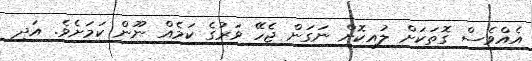
އެއްވެސް ގޮތަކަށް ލުއިކޮށް ނަގަން ޖެހޭ ވަރުގެ ކަމެއް ނޫން ކަމަށެވެ. އަދި